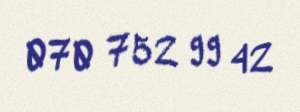
070 752 99 42